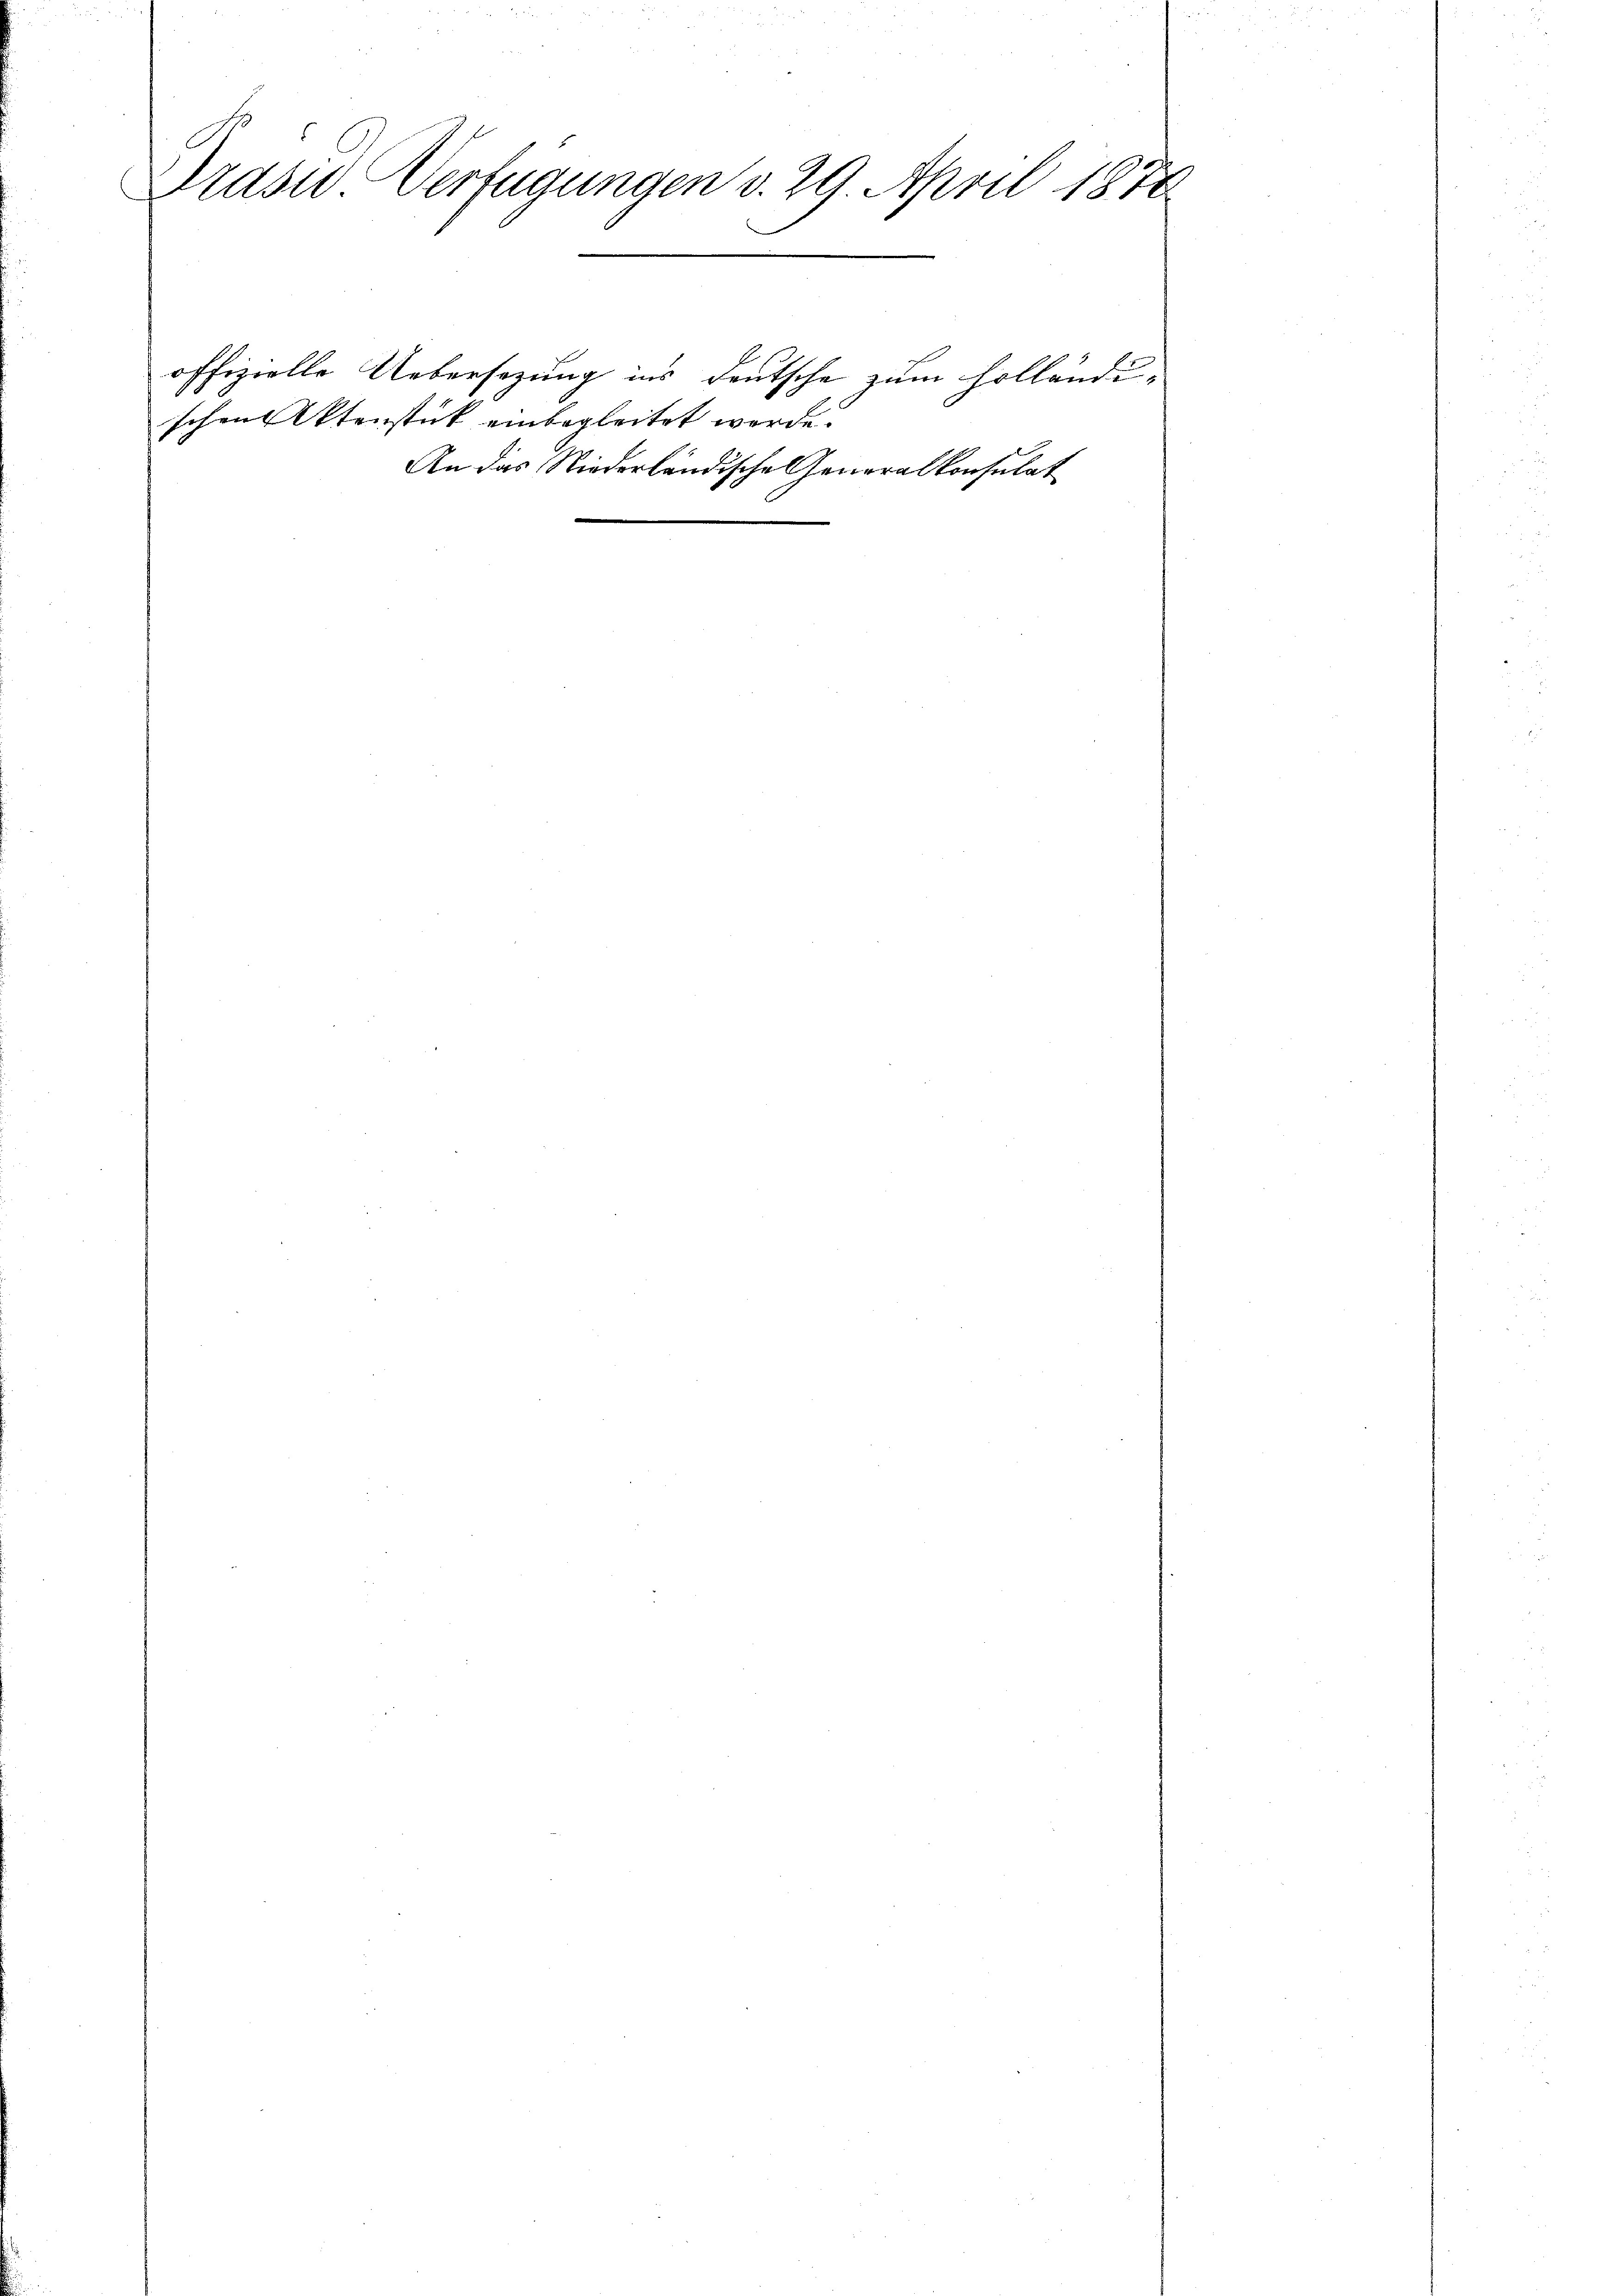
Präsid Verfügungen v. 29. April 1876

schen Aktenstück einbegleitet werde.

offizielle Uebersezung ins Deutsche zum Holländi¬
An das Niederländische Generalkonsulat